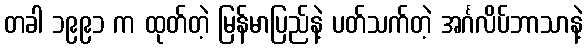
တခါ ၁၉၉၁ က ထုတ်တဲ့ မြန်မာပြည်နဲ့ ပတ်သက်တဲ့ အင်္ဂလိပ်ဘာသာနဲ့